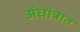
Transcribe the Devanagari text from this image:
अंधांत्रात